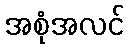
အစုံအလင်